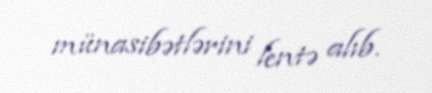
münasibətlərini lentə alıb.